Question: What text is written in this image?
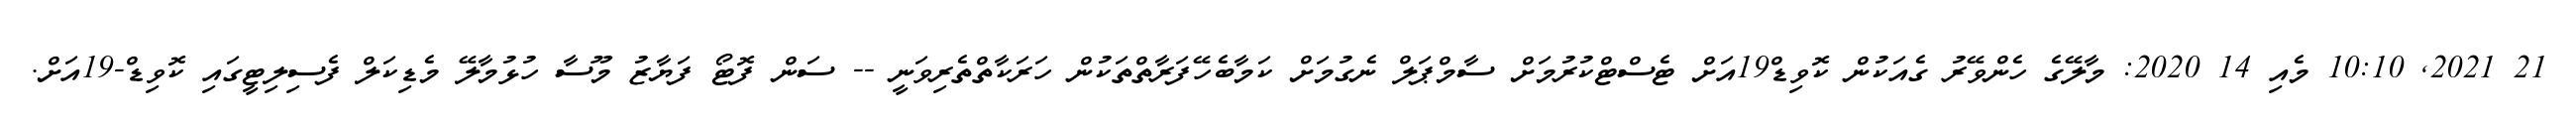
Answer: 21 2021, 10:10 މެއި 14 2020: މާލޭގެ ހެންވޭރު ގެއަކުން ކޮވިޑް19އަށް ޓެސްޓްކުރުމަށް ސާމްޕަލް ނެގުމަށް ކަމާބެހޭފަރާތްތަކުން ހަރަކާތްތެރިވަނީ -- ސަން ފޮޓޯ ފަޔާޒު މޫސާ ހުޅުމާލޭ މެޑިކަލް ފެސިލިޓީގައި ކޮވިޑް-19އަށް.